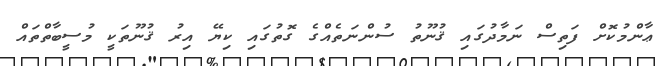
ޢާންމުކޮށް ފަތިސް ނަމާދުގައި ޤުނޫތު ސުންނަތެއްގެ ގޮތުގައި ކިޔޭ އިރު ޤުނޫތަކީ މުސީބާތްތައް